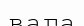
вага